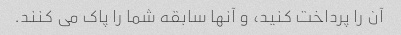
آن را پرداخت کنید، و آنها سابقه شما را پاک می کنند.